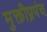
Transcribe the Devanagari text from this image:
मुक्तीप्रपंच